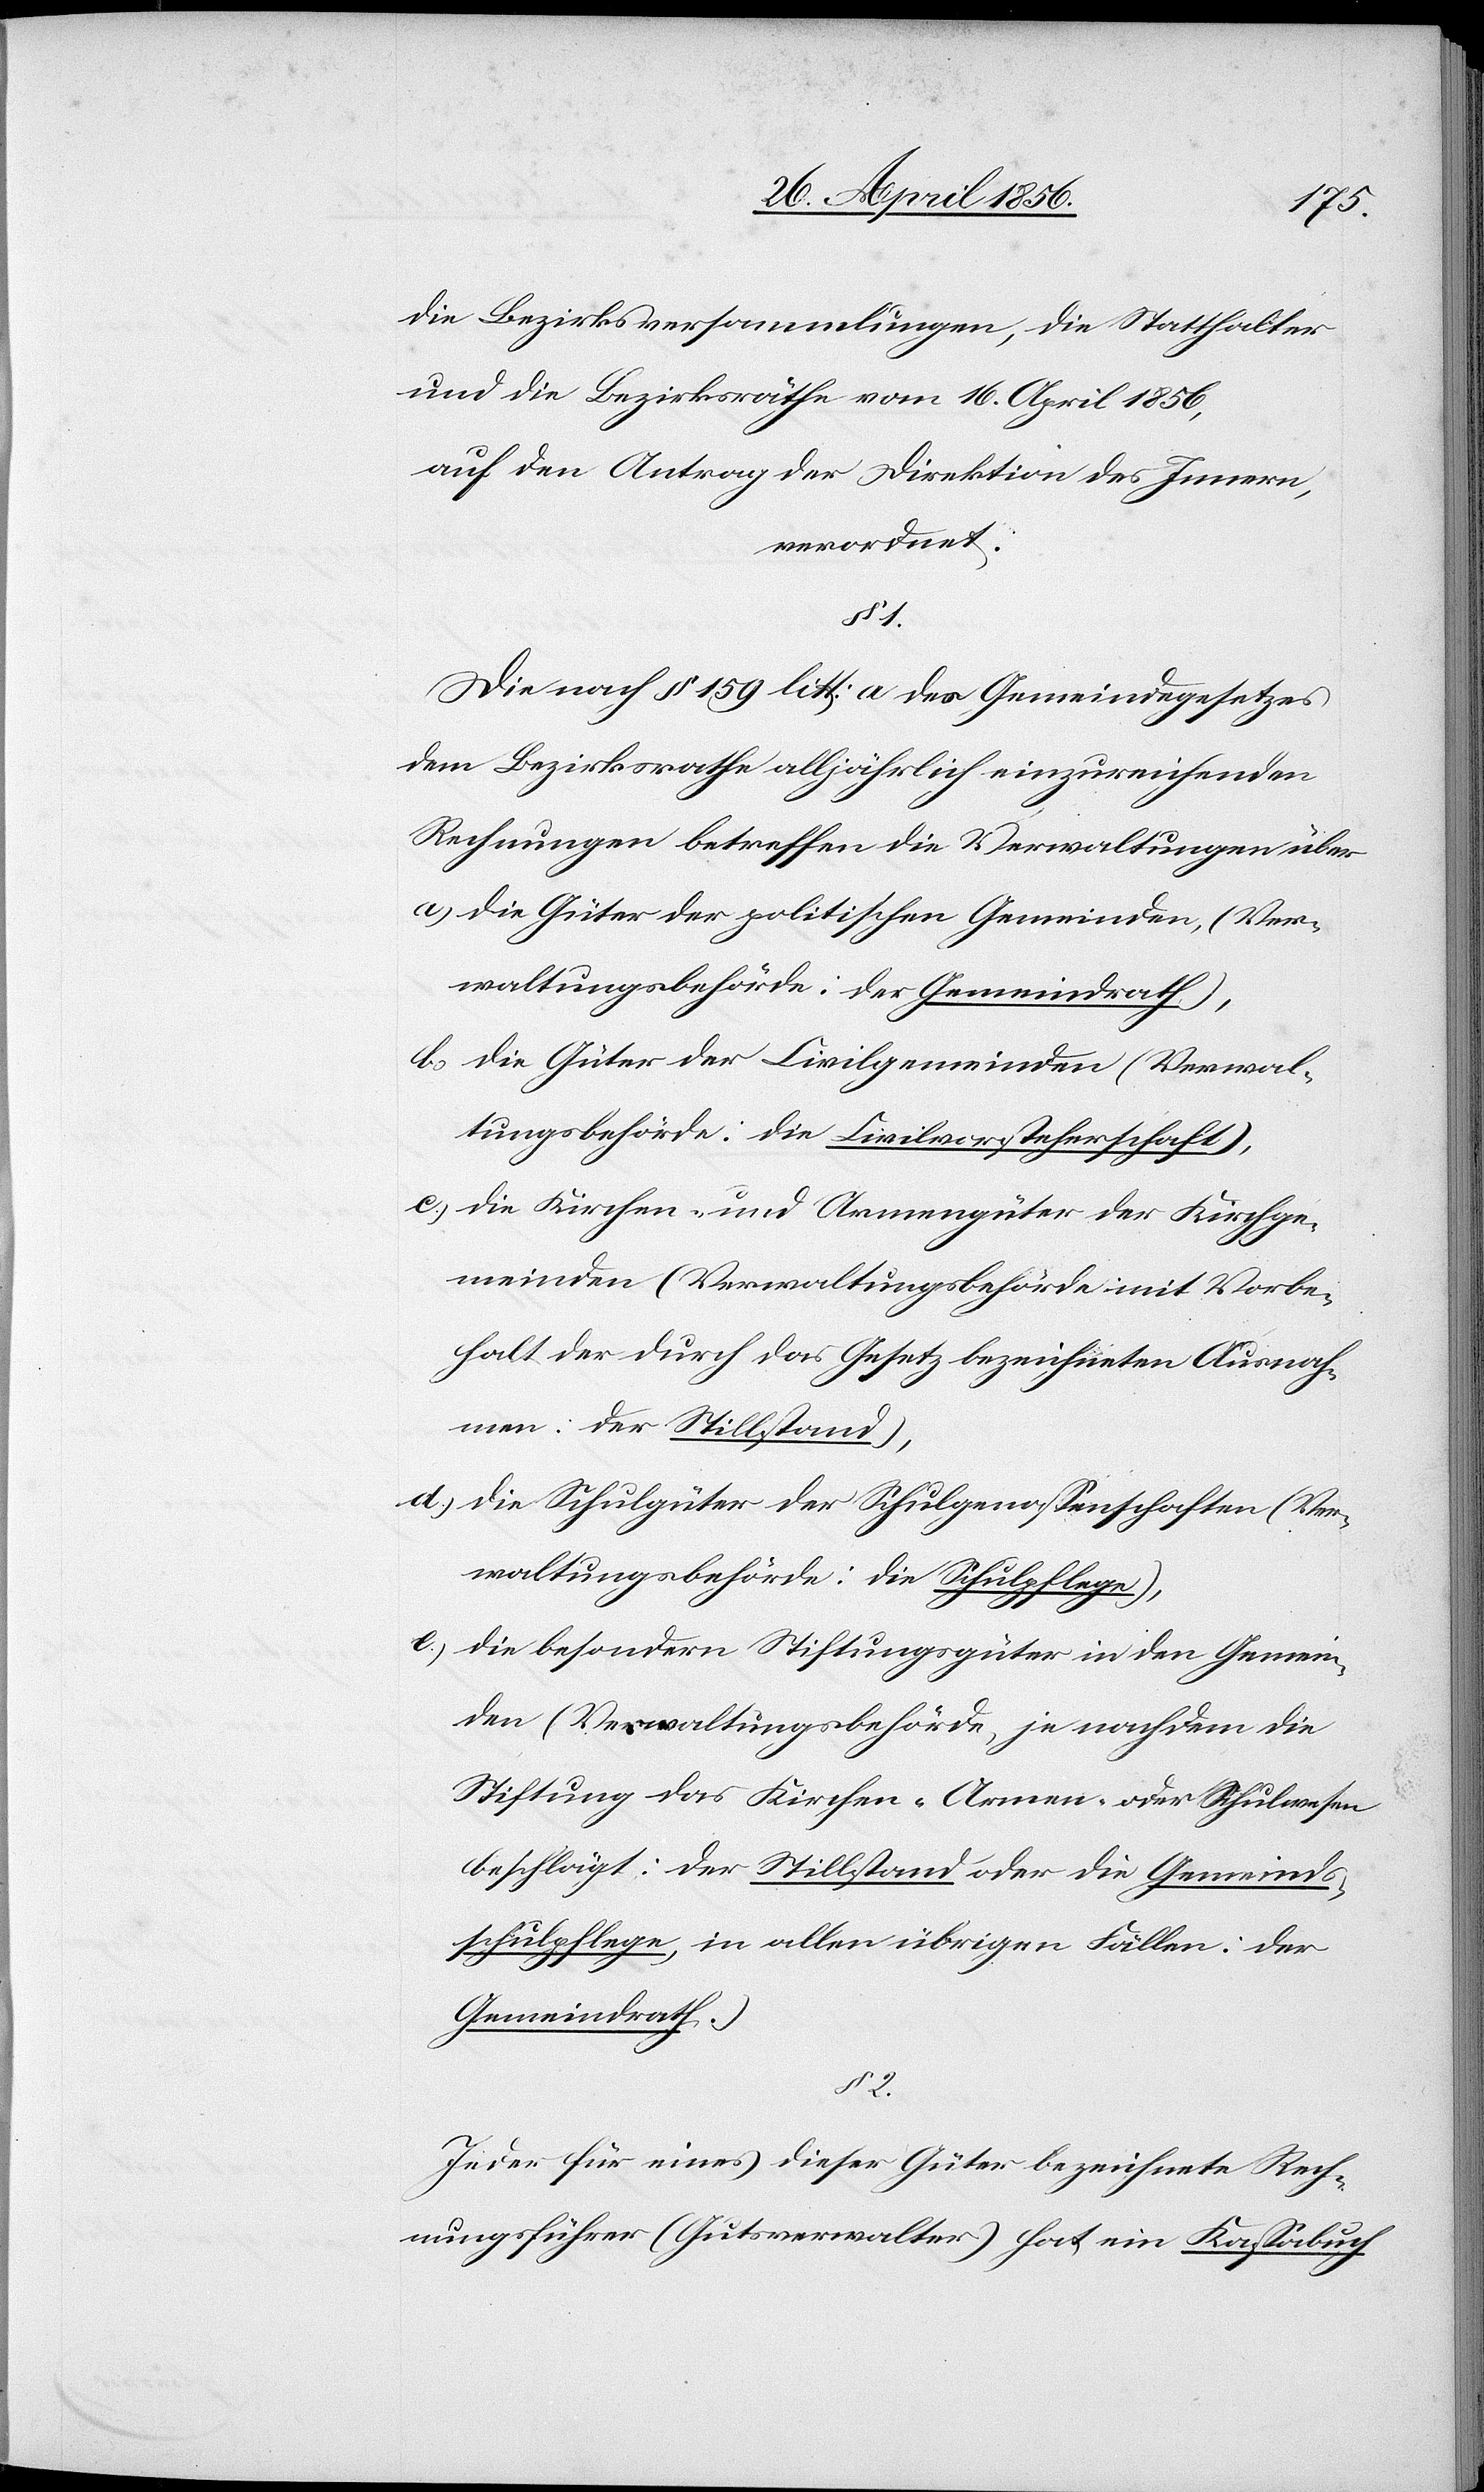
die Bezirksversammlungen, die Statthalter
und die Bezirksräthe vom 16. April 1856,
auf den Antrag der Direktion des Innern,
verordnet:
1.
Die nach § 159 litt: a des Gemeindegesetzes
dem Bezirksrathe alljährlich einzureichenden
Rechnungen betreffen die Verwaltungen über
a[.], die Güter der politischen Gemeinden, (Ver¬
waltungsbehörde: der Gemeindrath),
b., die Güter der Civilgemeinden (Verwal¬
tungsbehörde: die Civilvorsteherschaft),
c., die Kirchen- und Armengüter der Kirchge¬
meinden (Verwaltungsbehörde mit Vorbe¬
halt der durch das Gesetz bezeichneten Ausnah¬
men: der Stillstand),
d., die Schulgüter der Schulgenossenschaften (Ver¬
waltungsbehörde: die Schulpflege),
e., die besondern Stiftungsgüter in den Gemein¬
den (Verwaltungsbehörde, je nachdem die
Stiftung das Kirchen-[,] Armen- oder Schulwesen
beschlägt: der Stillstand oder die Gemeinds¬
schulpflege, in allen übrigen Fällen: der
Gemeindrath.)
§ 2.
Jeder für eines dieser Güter bezeichnete Rech¬
nungsführer (Gutsverwalter) hat ein Kassabuch